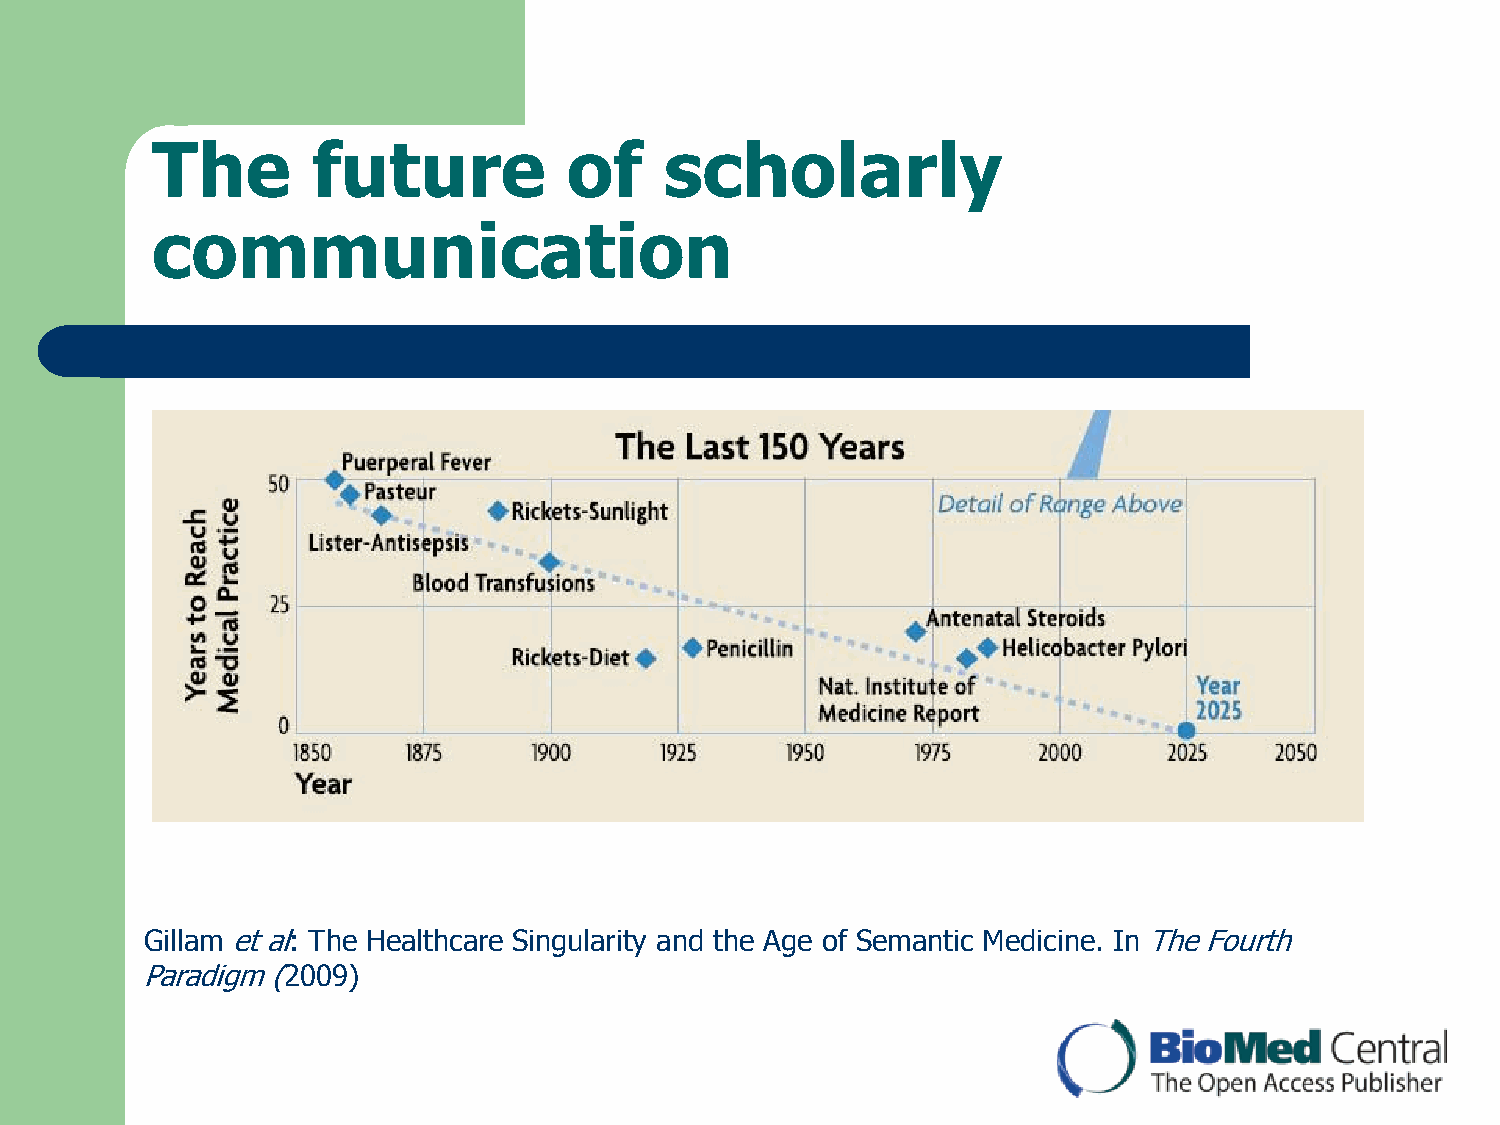
The        future           of    scholarly
 communication
 Gillam et al: The Healthcare Singularity and the Age of Semantic Medicine. In The Fourth
 Paradigm (2009)